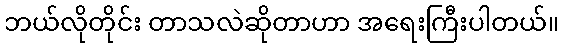
ဘယ်လိုတိုင်း တာသလဲဆိုတာဟာ အရေးကြီးပါတယ်။